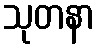
သုတနာ